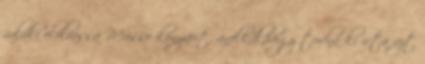
valaki elolvassa Musso könyveit, anélkül,hogy tudná ki írta azt